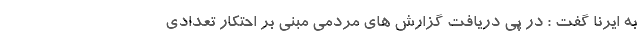
به ایرنا گفت : در پی دریافت گزارش های مردمی مبنی بر احتکار تعدادی